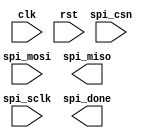
module spi_controller (
    input wire clk,
    input wire rst,
    input wire spi_mosi,
    output wire spi_miso,
    input wire spi_sclk,
    input wire spi_csn,
    output wire spi_done
);

// Timing control and synchronization blocks

// Generate clock signals
reg [3:0] count;
always @(posedge clk or posedge rst) begin
    if (rst) begin
        count <= 4'b0000;
    end else begin
        count <= count + 1;
    end
end

// Manage data transmission protocols

// Handle data flow control

// Error detection and correction mechanisms

// Handle multiple data streams simultaneously

endmodule